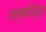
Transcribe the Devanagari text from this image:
अक्षरविद्या